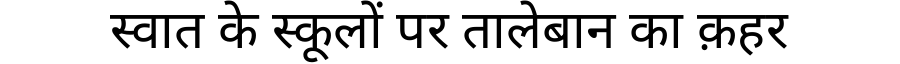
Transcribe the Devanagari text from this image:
स्वात के स्कूलों पर तालेबान का क़हर